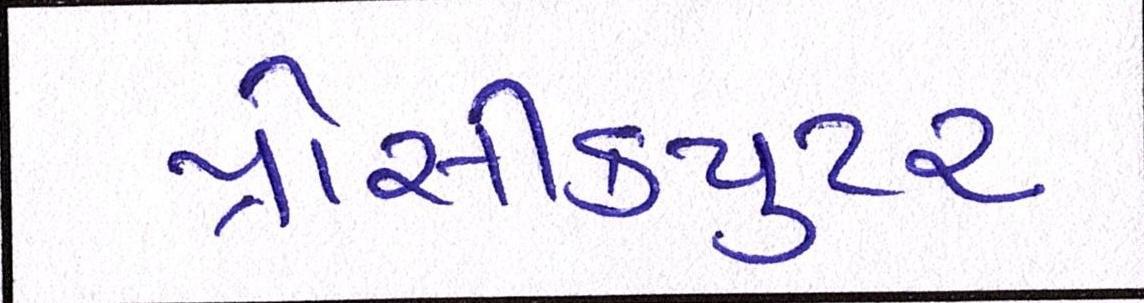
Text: પ્રોસીકયુટર